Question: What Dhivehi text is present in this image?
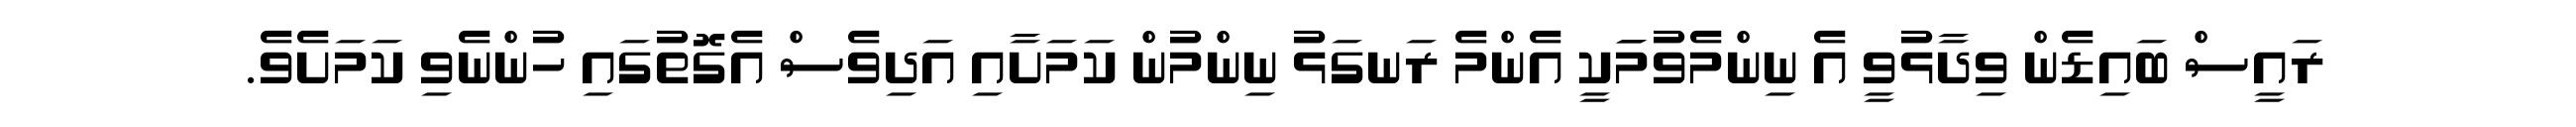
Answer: ރައީސް ބައިޑެން ވިދާޅުވީ އެ ނިންމެވުމަަކީ އެންމެ ރަނގަޅު ނިންމުން ކަމަށާއި އަދިވެސް އެގޮތުގައި ހުންނެވި ކަމަށެވެ.